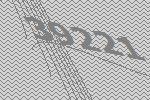
39221